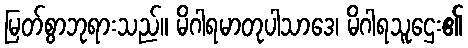
မြတ်စွာဘုရားသည်။ မိဂါရမာတုပါသာဒေ၊ မိဂါရသူဌေး၏